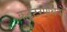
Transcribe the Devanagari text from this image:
कट्‍टरपंथियों